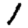
Digit: 1